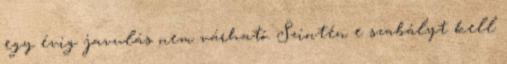
egy évig javulás nem várható. Szintén e szabályt kell